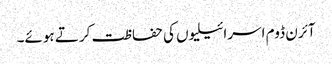
آئرن ڈوم اسرائیلیوں کی حفاظت کرتے ہوئے۔